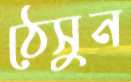
ঠেসুন